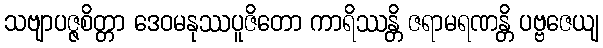
သဗျာပဇ္ဇစိတ္တာ ဒေဝမနုဿပူဇိတော ကာရိဿန္တိ ဇရာမရဏန္တိ ပဗ္ဗဇေယျ